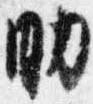
助